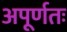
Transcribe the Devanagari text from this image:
अपूर्णतः